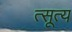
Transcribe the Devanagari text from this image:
त्सूत्य